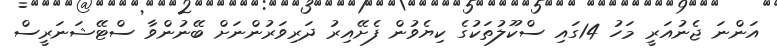
އަންނަ ޖެނުއަރީ މަހު 14ގައި ސްކޫލުތަކުގެ ކިިޔެވުން ފެށޭއިރު ދަރިވަރުންނަށް ބޭނުންވާ ސްޓޭޝަނަރީސް